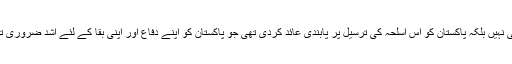
یہی نہیں بلکہ پاکستان کو اس اسلحہ کی ترسیل پر پابندی عائد کردی تھی جو پاکستان کو اپنے دفاع اور اپنی بقا کے لئے اشد ضروری تھا۔